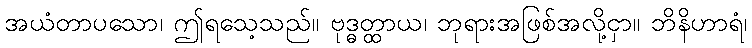
အယံတာပသော၊ ဤရသေ့သည်။ ဗုဒ္ဓတ္ထာယ၊ ဘုရားအဖြစ်အလို့ငှာ။ ဘိနိဟာရံ၊